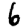
Digit: 6